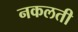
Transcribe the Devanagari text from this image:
नकलती